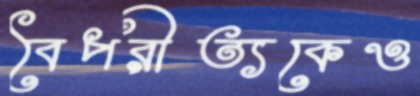
বৈপরীত্যকেও